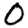
Digit: 0